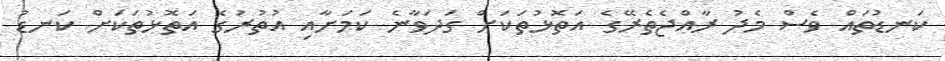
ކަނޑުތައް ވެސް މެދު ރާއްޖެތެރޭގެ އަތޮޅުތަކަށް ގަދަވާނެ ކަމަށާއި އުތުރުގެ އަތޮޅުތަކަށް ކަނޑު